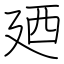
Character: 廼